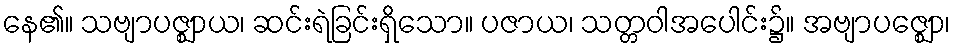
နေ၏။ သဗျာပဇ္ဈာယ၊ ဆင်းရဲခြင်းရှိသော။ ပဇာယ၊ သတ္တဝါအပေါင်း၌။ အဗျာပဇ္ဈော၊